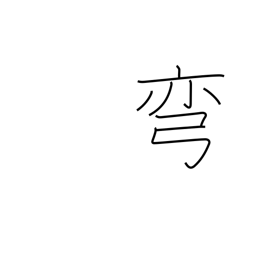
Meaning: curve